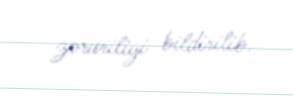
zəruriliyi bildirilib.